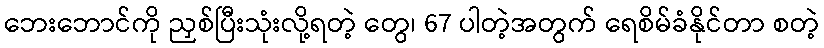
ဘေးဘောင်ကို ညှစ်ပြီးသုံးလို့ရတဲ့ တွေ၊ 67 ပါတဲ့အတွက် ရေစိမ်ခံနိုင်တာ စတဲ့